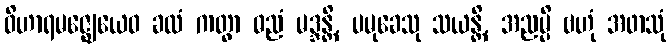
ဝိဟာရမဇ္ဈေယေဝ ခလံ ကတွာ ဓညံ မဒ္ဒန္တိ, ပမုခေသု သယန္တိ, အညမ္ပိ ဗဟုံ အဖာသုံ